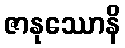
ဇာနုဿောနိ